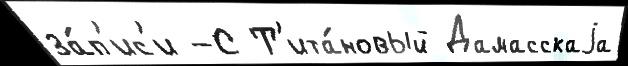
за́п'ис'и -С Т'ита́новый Дамасскаjа